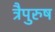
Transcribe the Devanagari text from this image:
त्रैपुरुष